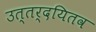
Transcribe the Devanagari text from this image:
उत्तर्दयितव